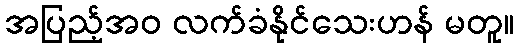
အပြည့်အဝ လက်ခံနိုင်သေးဟန် မတူ။